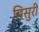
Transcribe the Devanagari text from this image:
पिसुरी